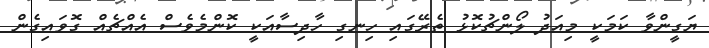
ޔަގީންވާ ކަމަކީ މިއަދު ލޯންޗުކޮޅު ތެރޭގައި ހިނގި ހާދިސާއަކީ ކޮންމެވެސް އެއްޗެއް ގޮވައިގެން